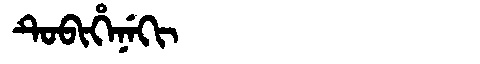
Manchu: ᡨᡠᠪᡳᡥᡝᠨᡝᡴᡳ
Romanization: TUBIHENEKI